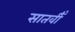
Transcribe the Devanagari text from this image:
सातवीँ